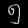
Digit: ၅